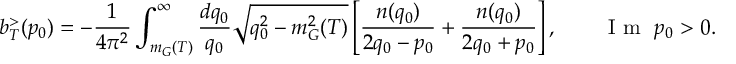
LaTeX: b _ { T } ^ { > } ( p _ { 0 } ) = - \frac { 1 } { 4 \pi ^ { 2 } } \int _ { m _ { G } ( T ) } ^ { \infty } \frac { d q _ { 0 } } { q _ { 0 } } \sqrt { q _ { 0 } ^ { 2 } - m _ { G } ^ { 2 } ( T ) } \left[ \frac { n ( q _ { 0 } ) } { 2 q _ { 0 } - p _ { 0 } } + \frac { n ( q _ { 0 } ) } { 2 q _ { 0 } + p _ { 0 } } \right] , \qquad \textrm { I m } ~ p _ { 0 } > 0 .